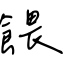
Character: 餵